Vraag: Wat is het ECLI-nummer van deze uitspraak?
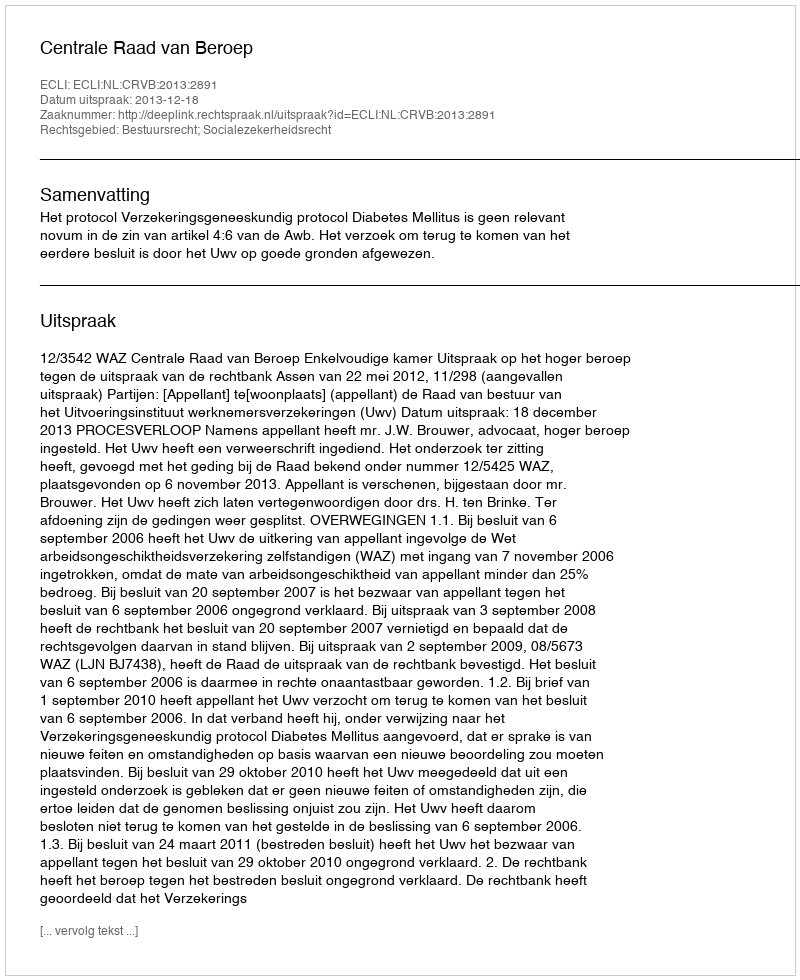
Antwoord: ECLI:NL:CRVB:2013:2891